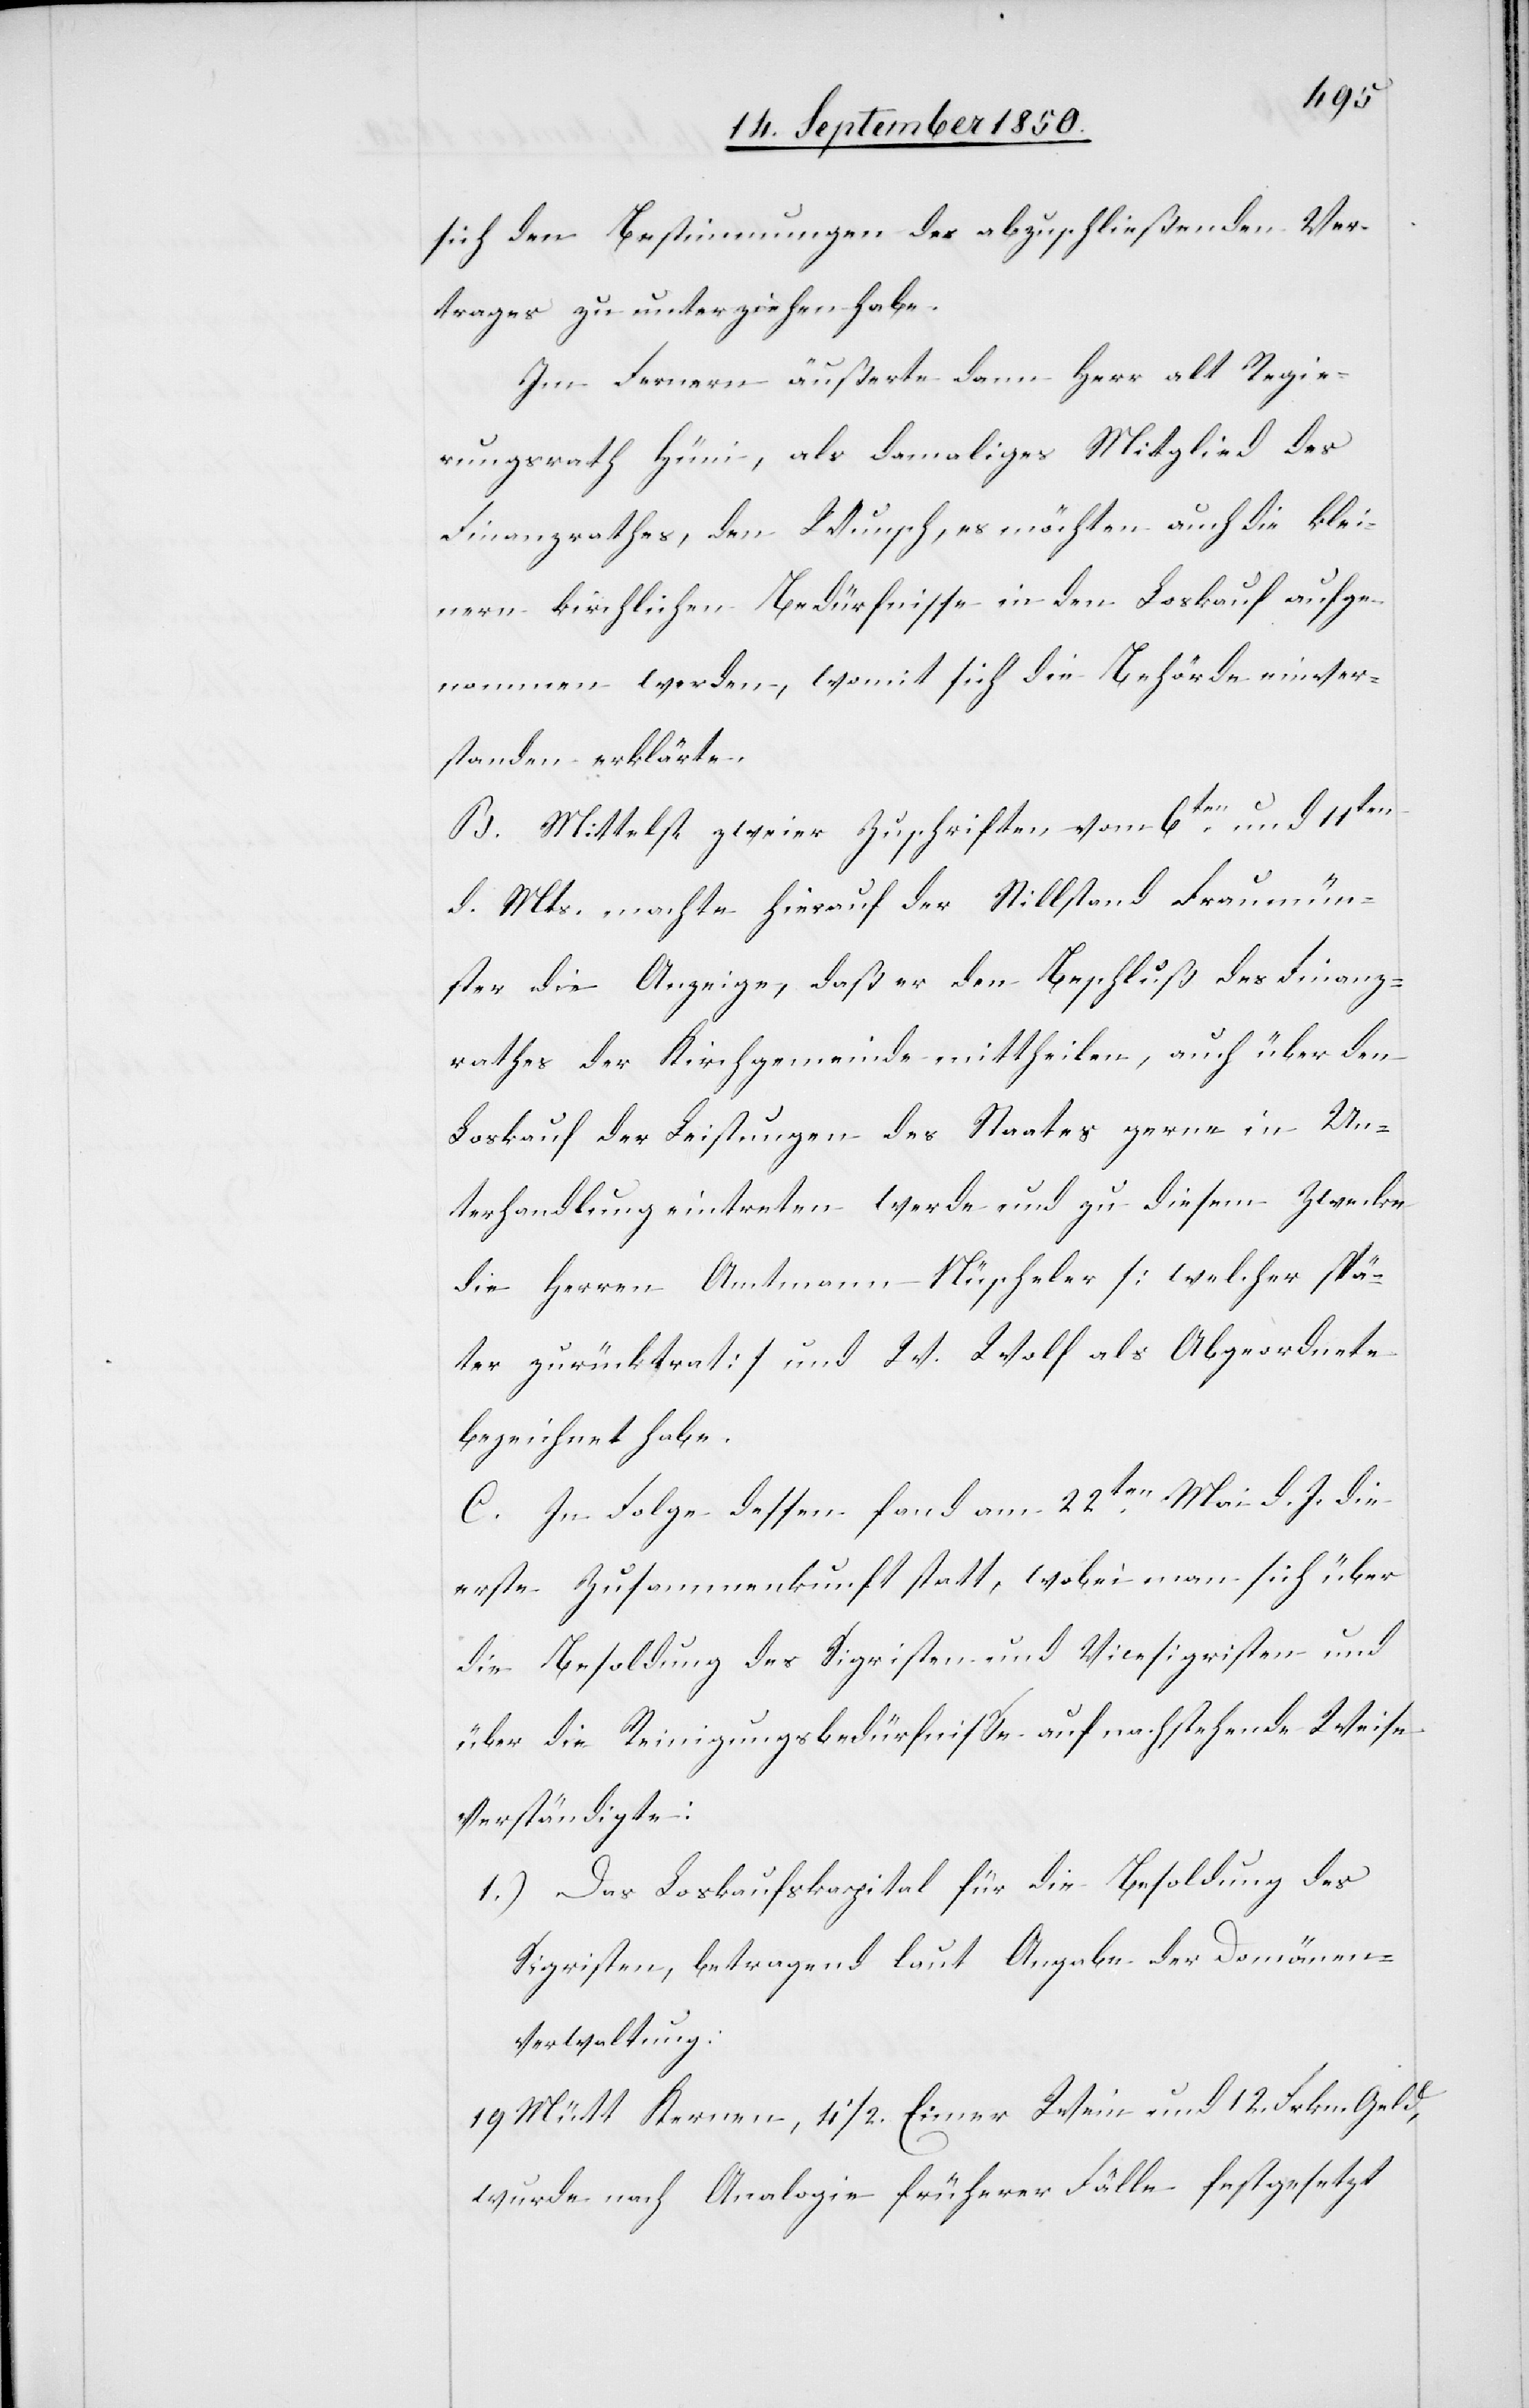
sich den Bestimmungen des abzuschließenden Ver¬
trages zu unterziehen habe.
Im Fernern äußerte dann Herr alt Regie¬
rungsrath Hüni, als damaliges Mitglied des
Finanzrathes, den Wunsch, es möchten auch die klei¬
nern kirchlichen Bedürfnisse in den Loskauf aufge¬
nommen werden, womit sich die Behörde einver¬
standen erklärte.
B. Mittelst zweier Zuschriften vom 6ten und 11ten
d. Mts. machte hierauf der Stillstand Fraumün¬
ster die Anzeige, daß er den Beschluß des Finanz¬
rathes der Kirchgemeinde mittheilen, auch über den
Loskauf der Leistungen des Staates gerne in Un¬
terhandlung eintreten werde und zu diesem Zwecke
die Herren Amtmann Nüscheler [welcher spä¬
ter zurücktrat] und W. Wolf als Abgeordnete
bezeichnet habe.
C. In Folge dessen fand am 22ten Mai d. J. die
erste Zusammenkunft statt, wobei man sich über
die Besoldung des Sigristen und Vicesigristen und
über die Reinigungsbedürfnisse auf nachstehende Weise
verständigte:
1.) Das Loskaufskapital für die Besoldung des
Sigristen, betragend laut Angabe der Domänen¬
verwaltung:
19 Mütt Kernen, 4 1/2. Eimer Wein und 12. Frkn. Geld,
wurde nach Analogie früherer Fälle festgesetzt